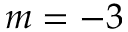
m = - 3